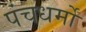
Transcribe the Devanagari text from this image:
पंचधर्मों